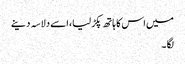
میں اس کا ہاتھ پکڑ لیا، اسے دلاسہ دینے
لگا ۔